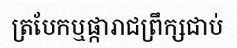
ត្របែកឬផ្ការាជព្រឹក្សជាប់